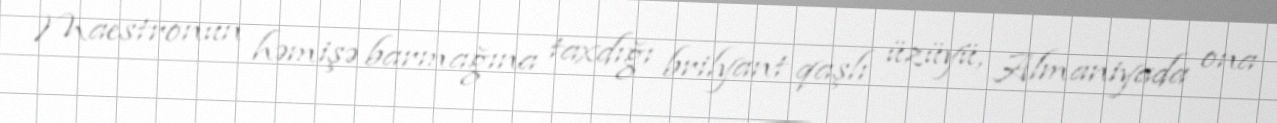
Maestronun həmişə barmağına taxdığı brilyant qaşlı üzüyü, Almaniyada ona